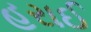
હરાઈ